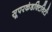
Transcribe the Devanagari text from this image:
सूपरकंडक्टिविटी